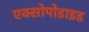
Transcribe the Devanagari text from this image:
एक्सोपोडाइड